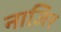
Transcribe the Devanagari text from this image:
नाज़िर